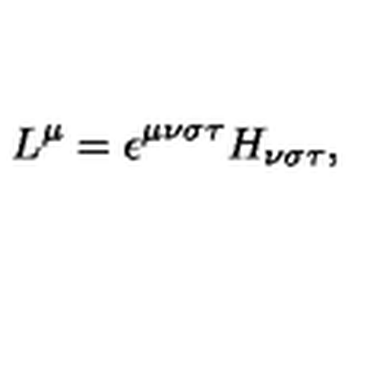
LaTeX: L ^ { \mu } = \epsilon ^ { \mu \nu \sigma \tau } H _ { \nu \sigma \tau } ,